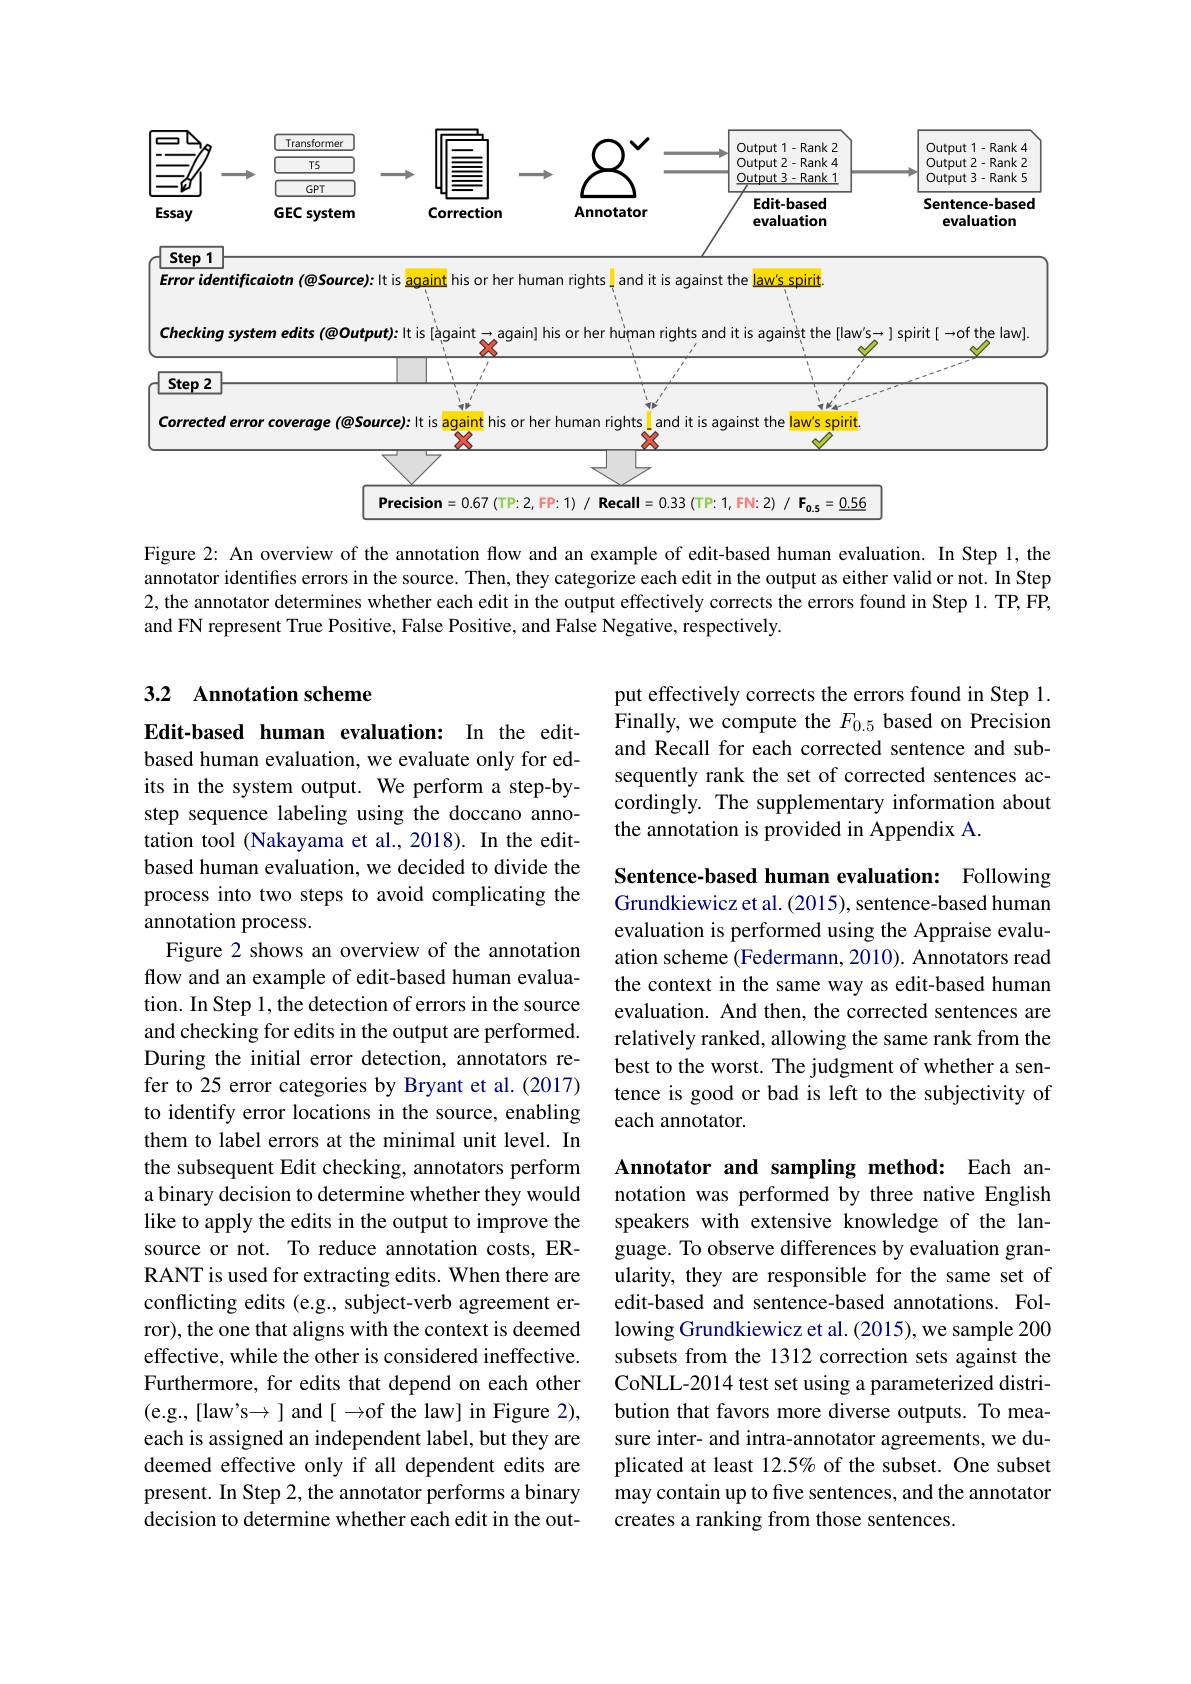
<FigureHere>

Figure 2: An overview of the annotation flow and an example of edit-based human evaluation. In Step 1,the annotator identifies errors in the source. Then, they categorize each edit in the output as either valid or not. In Step 2, the annotator determines whether each edit in the output effectively corrects the errors found in Step 1. TP, FP, and FN represent True Positive, False Positive, and False Negative, respectively.

## 3.2 Annotation scheme

put effectively corrects the errors found in Step 1. Finally, we compute the $F_{0.5}$ based on Precision and Recall for each corrected sentence and subsequently rank the set of corrected sentences accordingly. The supplementary information about the annotation is provided in Appendix A.

Sentence-based human evaluation: Following Grundkiewicz et al. (2015), sentence-based human evaluation is performed using the Appraise evaluation scheme (Federmann, 2010). Annotators read the context in the same way as edit-based human evaluation. And then, the corrected sentences are relatively ranked, allowing the same rank from the best to the worst. The judgment of whether a sentence is good or bad is left to the subjectivity of each annotator.

Edit-based human evaluation: In the editbased human evaluation, we evaluate only for edits in the system output. We perform a step-bystep sequence labeling using the doccano annotation tool (Nakayama et al.,2018). In the editbased human evaluation, we decided to divide the process into two steps to avoid complicating the annotation process.
Figure 2 shows an overview of the annotation flow and an example of edit-based human evaluation. In Step 1, the detection of errors in the source and checking for edits in the output are performed. During the initial error detection, annotators refer to 25 error categories by Bryant et al.(2017) to identify error locations in the source, enabling them to label errors at the minimal unit level. In the subsequent Edit checking, annotators perform a binary decision to determine whether they would like to apply the edits in the output to improve the source or not. To reduce annotation costs, ERRANT is used for extracting edits. When there are conflicting edits (e.g., subject-verb agreement error), the one that aligns with the context is deemed effective, while the other is considered ineffective. Furthermore, for edits that depend on each other (e.g.,[law's$\to$] and$[\to$of the law] in Figure 2), each is assigned an independent label, but they are deemed effective only if all dependent edits are present. In Step 2, the annotator performs a binary decision to determine whether each edit in the out-

Annotator and sampling method: Each annotation was performed by three native English speakers with extensive knowledge of the language. To observe differences by evaluation granularity, they are responsible for the same set of edit-based and sentence-based annotations. Following Grundkiewicz et al. (2015), we sample 200 subsets from the 1312 correction sets against the CoNLL-2014 test set using a parameterized distribution that favors more diverse outputs. To measure inter- and intra-annotator agreements, we duplicated at least 12.5% of the subset. One subset may contain up to five sentences, and the annotator creates a ranking from those sentences